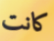
كانت